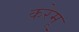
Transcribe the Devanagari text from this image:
करेमू